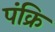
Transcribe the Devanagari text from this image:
पंक्रि